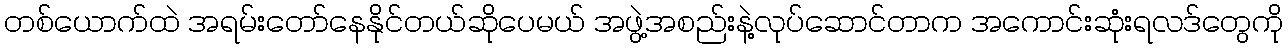
တစ်ယောက်ထဲ အရမ်းတော်နေနိုင်တယ်ဆိုပေမယ် အဖွဲ့အစည်းနဲ့လုပ်ဆောင်တာက အကောင်းဆုံးရလဒ်တွေကို